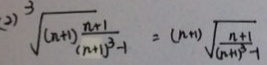
( 2 ) ^ { 3 } \sqrt { ( n + 1 ) \frac { n + 1 } { ( n + 1 ) ^ { 3 } - 1 } } = ( n + 1 ) \sqrt { \frac { n + 1 } { ( n + 1 ) ^ { 3 } - 1 } }